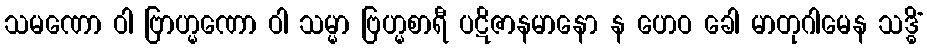
သမဏော ဝါ ဗြာဟ္မဏော ဝါ သမ္မာ ဗြဟ္မစာရီ ပဋိဇာနမာနော န ဟေဝ ခေါ မာတုဂါမေန သဒ္ဓိံ